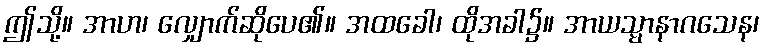
ဤသို့။ အာဟ၊ လျှောက်ဆိုပေ၏။ အထခေါ၊ ထိုအခါ၌။ အာယသ္မာနာဂသေန၊